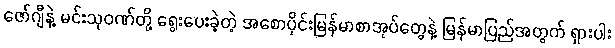
ဇော်ဂျီနဲ့ မင်းသုဝဏ်တို့ ရွေးပေးခဲ့တဲ့ အစောပိုင်းမြန်မာစာအုပ်တွေနဲ့ မြန်မာပြည်အတွက် ရှားပါး